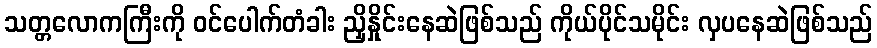
သတ္တလောကကြီးကို ဝင်ပေါက်တံခါး ညှိနှိုင်းနေဆဲဖြစ်သည် ကိုယ်ပိုင်သမိုင်း လှပနေဆဲဖြစ်သည်